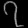
Digit: ၇